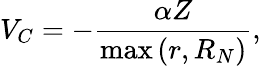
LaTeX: V_{C}=-\frac{\alpha Z}{\operatorname*{max}\left({r,R_{N}}\right)},